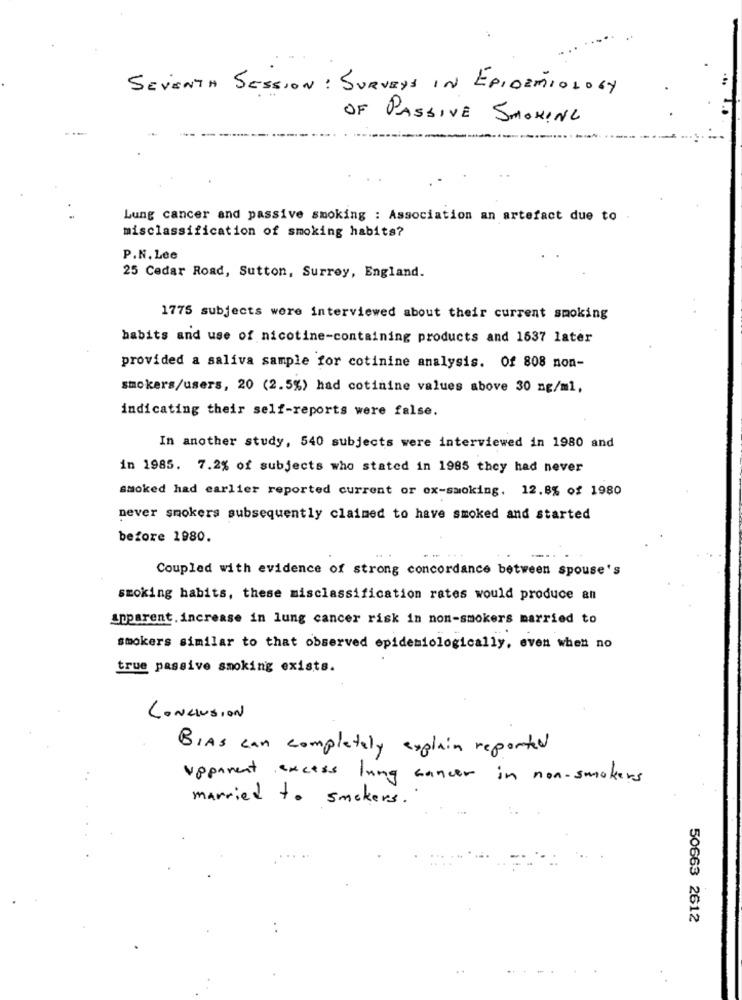
SEVENTH SESSION : SURVEYS IN EPIDEMIOLOGY
OF PASSIVE SMOKING
Lung cancer and passive smoking : Association an artefact due to .
misclassification of smoking habits?
P.N. Lee
25 Cedar Road, Sutton, Surrey, England.
1775 subjects were interviewed about their current smoking
habits and use of nicotine-containing products and 1637 later
provided a saliva sample for cotinine analysis. Of 808 non-
smokers/users, 20 (2.5%) had cotinine values above 30 ng/ml,
indicating their self-reports were false.
In another study, 540 subjects were interviewed in 1980 and
in 1985. 7.2% of subjects who stated in 1985 they had never
smoked had earlier reported current or ox-smoking. 12.8% of 1980
never smokers subsequently claimed to have smoked and started
before 1980.
Coupled with evidence of strong concordance between spouse's
smoking habits, these misclassification rates would produce an
aparent. increase in lung cancer risk in non-smokers married to
smokers similar to that observed epidemiologically, even when no
true passive smoking exists.
CONCLUSION
BIAS can completely explain reported
vpparent excess lung cancer in non-smokers
married to smokers .
50663 2612
.....
.